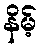
နိမ့်